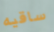
ساقيه